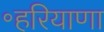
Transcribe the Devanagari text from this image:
॰हरियाणा